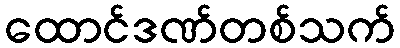
ထောင်ဒဏ်တစ်သက်